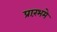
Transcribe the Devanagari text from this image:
प्रारंभमे